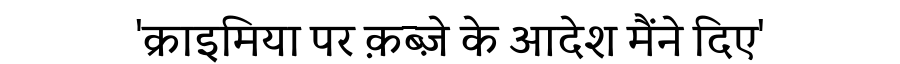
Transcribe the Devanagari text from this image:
'क्राइमिया पर क़ब्ज़े के आदेश मैंने दिए'